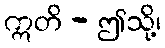
ဣတိ - ဤသို့၊